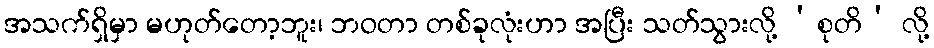
အသက်ရှိမှာ မဟုတ်တော့ဘူး၊ ဘဝတာ တစ်ခုလုံးဟာ အပြီး သတ်သွားလို့ ‘စုတိ’ လို့